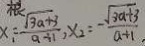
x _ { 1 } = \frac { \sqrt { 3 a + 3 } } { a \div 1 } , x _ { 2 } = - \frac { \sqrt { 3 a + 3 } } { a + 1 } .